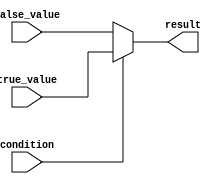
module conditional_operator_example (
    input wire condition,
    input wire true_value,
    input wire false_value,
    output reg result
);

always @(*) begin
    result = (condition) ? true_value : false_value;
end

endmodule